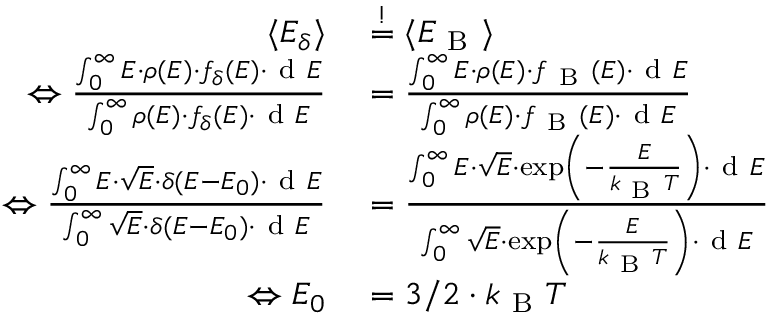
\begin{array} { r l } { \langle E _ { \delta } \rangle } & { { } \overset { ! } { = } \langle E _ { \mathrm { ~ B ~ } } \rangle } \\ { \Leftrightarrow \frac { \int _ { 0 } ^ { \infty } E \cdot \rho ( E ) \cdot f _ { \delta } ( E ) \cdot \mathrm { ~ d ~ } E } { \int _ { 0 } ^ { \infty } \rho ( E ) \cdot f _ { \delta } ( E ) \cdot \mathrm { ~ d ~ } E } } & { { } = \frac { \int _ { 0 } ^ { \infty } E \cdot \rho ( E ) \cdot f _ { \mathrm { ~ B ~ } } ( E ) \cdot \mathrm { ~ d ~ } E } { \int _ { 0 } ^ { \infty } \rho ( E ) \cdot f _ { \mathrm { ~ B ~ } } ( E ) \cdot \mathrm { ~ d ~ } E } } \\ { \Leftrightarrow \frac { \int _ { 0 } ^ { \infty } E \cdot \sqrt { E } \cdot \delta ( E - E _ { 0 } ) \cdot \mathrm { ~ d ~ } E } { \int _ { 0 } ^ { \infty } \sqrt { E } \cdot \delta ( E - E _ { 0 } ) \cdot \mathrm { ~ d ~ } E } } & { { } = \frac { \int _ { 0 } ^ { \infty } E \cdot \sqrt { E } \cdot \exp \left( - \frac { E } { k _ { \mathrm { ~ B ~ } } T } \right) \cdot \mathrm { ~ d ~ } E } { \int _ { 0 } ^ { \infty } \sqrt { E } \cdot \exp \left( - \frac { E } { k _ { \mathrm { ~ B ~ } } T } \right) \cdot \mathrm { ~ d ~ } E } } \\ { \Leftrightarrow E _ { 0 } } & { { } = 3 / 2 \cdot k _ { \mathrm { ~ B ~ } } T } \end{array}